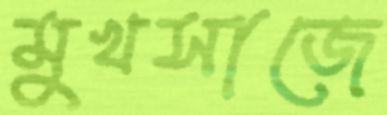
মুখসাজে